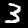
Digit: 3